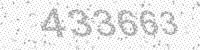
Solution: 433663